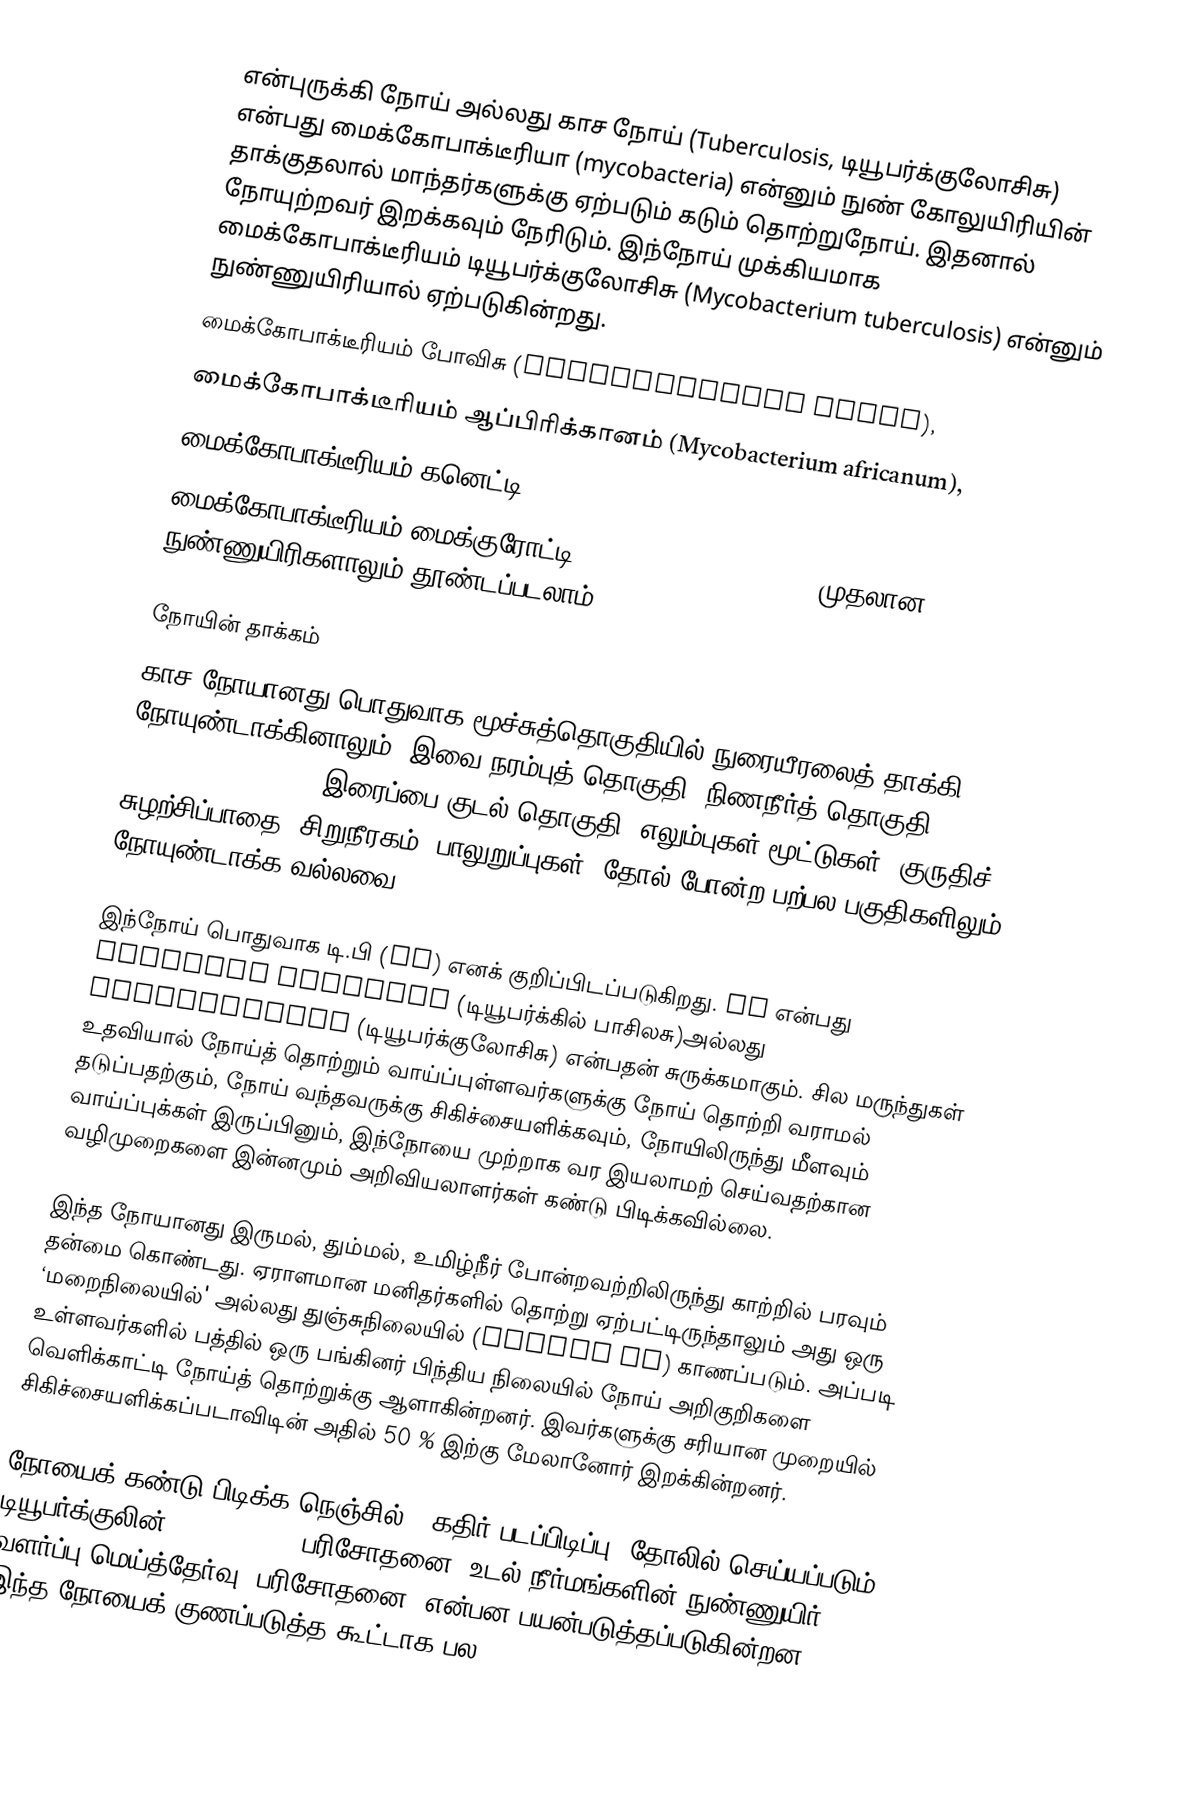
என்புருக்கி நோய் அல்லது காச நோய் (Tuberculosis, டியூபர்க்குலோசிசு) என்பது மைக்கோபாக்டீரியா (mycobacteria) என்னும் நுண் கோலுயிரியின் தாக்குதலால் மாந்தர்களுக்கு ஏற்படும் கடும் தொற்றுநோய். இதனால் நோயுற்றவர் இறக்கவும் நேரிடும். இந்நோய் முக்கியமாக மைக்கோபாக்டீரியம் டியூபர்க்குலோசிசு (Mycobacterium tuberculosis) என்னும் நுண்ணுயிரியால் ஏற்படுகின்றது.
 மைக்கோபாக்டீரியம் போவிசு (Mycobacterium bovis),
 மைக்கோபாக்டீரியம் ஆப்பிரிக்கானம் (Mycobacterium africanum),
 மைக்கோபாக்டீரியம் கனெட்டி (Mycobacterium canetti),
 மைக்கோபாக்டீரியம் மைக்குரோட்டி (Mycobacterium microti) முதலான நுண்ணுயிரிகளாலும் தூண்டப்படலாம்.

நோயின் தாக்கம்
காச நோயானது பொதுவாக மூச்சுத்தொகுதியில் நுரையீரலைத் தாக்கி நோயுண்டாக்கினாலும், இவை நரம்புத் தொகுதி, நிணநீர்த் தொகுதி (Lymphatic system), இரைப்பை-குடல் தொகுதி, எலும்புகள் மூட்டுகள், குருதிச் சுழற்சிப்பாதை, சிறுநீரகம், பாலுறுப்புகள், தோல் போன்ற பற்பல பகுதிகளிலும் நோயுண்டாக்க வல்லவை.

இந்நோய் பொதுவாக டி.பி (TB) எனக் குறிப்பிடப்படுகிறது. TB என்பது Tubercle bacillus (டியூபர்க்கில் பாசிலசு)அல்லது TUBERCULOSIS (டியூபர்க்குலோசிசு) என்பதன் சுருக்கமாகும். சில மருந்துகள் உதவியால் நோய்த் தொற்றும் வாய்ப்புள்ளவர்களுக்கு நோய் தொற்றி வராமல் தடுப்பதற்கும், நோய் வந்தவருக்கு சிகிச்சையளிக்கவும், நோயிலிருந்து மீளவும் வாய்ப்புக்கள் இருப்பினும், இந்நோயை முற்றாக வர இயலாமற் செய்வதற்கான வழிமுறைகளை இன்னமும் அறிவியலாளர்கள் கண்டு பிடிக்கவில்லை.

இந்த நோயானது இருமல், தும்மல், உமிழ்நீர் போன்றவற்றிலிருந்து காற்றில் பரவும் தன்மை கொண்டது. ஏராளமான மனிதர்களில் தொற்று ஏற்பட்டிருந்தாலும் அது ஒரு ‘மறைநிலையில்' அல்லது துஞ்சுநிலையில் (Latent TB) காணப்படும். அப்படி உள்ளவர்களில் பத்தில் ஒரு பங்கினர் பிந்திய நிலையில் நோய் அறிகுறிகளை வெளிக்காட்டி நோய்த் தொற்றுக்கு ஆளாகின்றனர். இவர்களுக்கு சரியான முறையில் சிகிச்சையளிக்கப்படாவிடின் அதில் 50 % இற்கு மேலானோர் இறக்கின்றனர்.

நோயைக் கண்டு பிடிக்க நெஞ்சில் X-கதிர் படப்பிடிப்பு, தோலில் செய்யப்படும் டியூபர்க்குலின் (Tuberculin) பரிசோதனை, உடல் நீர்மங்களின் நுண்ணுயிர் வளர்ப்பு மெய்த்தேர்வு (பரிசோதனை) என்பன பயன்படுத்தப்படுகின்றன. இந்த நோயைக் குணப்படுத்த கூட்டாக பல